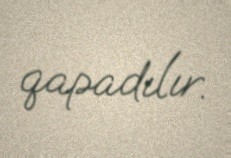
qapadılır.